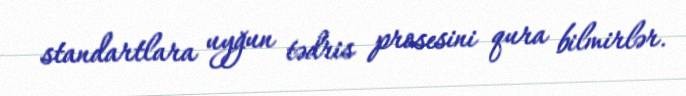
standartlara uyğun tədris prosesini qura bilmirlər.